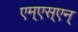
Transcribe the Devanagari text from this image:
एम्‌एस्‌एन्‌